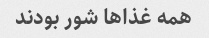
همه غذا‌ها شور بودند